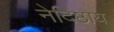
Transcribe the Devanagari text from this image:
नेदिष्ठाय